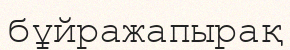
бұйражапырақ